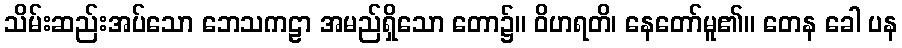
သိမ်းဆည်းအပ်သော ဘေသကဠာ အမည်ရှိသော တော၌။ ဝိဟရတိ၊ နေတော်မူ၏။ တေန ခေါ ပန